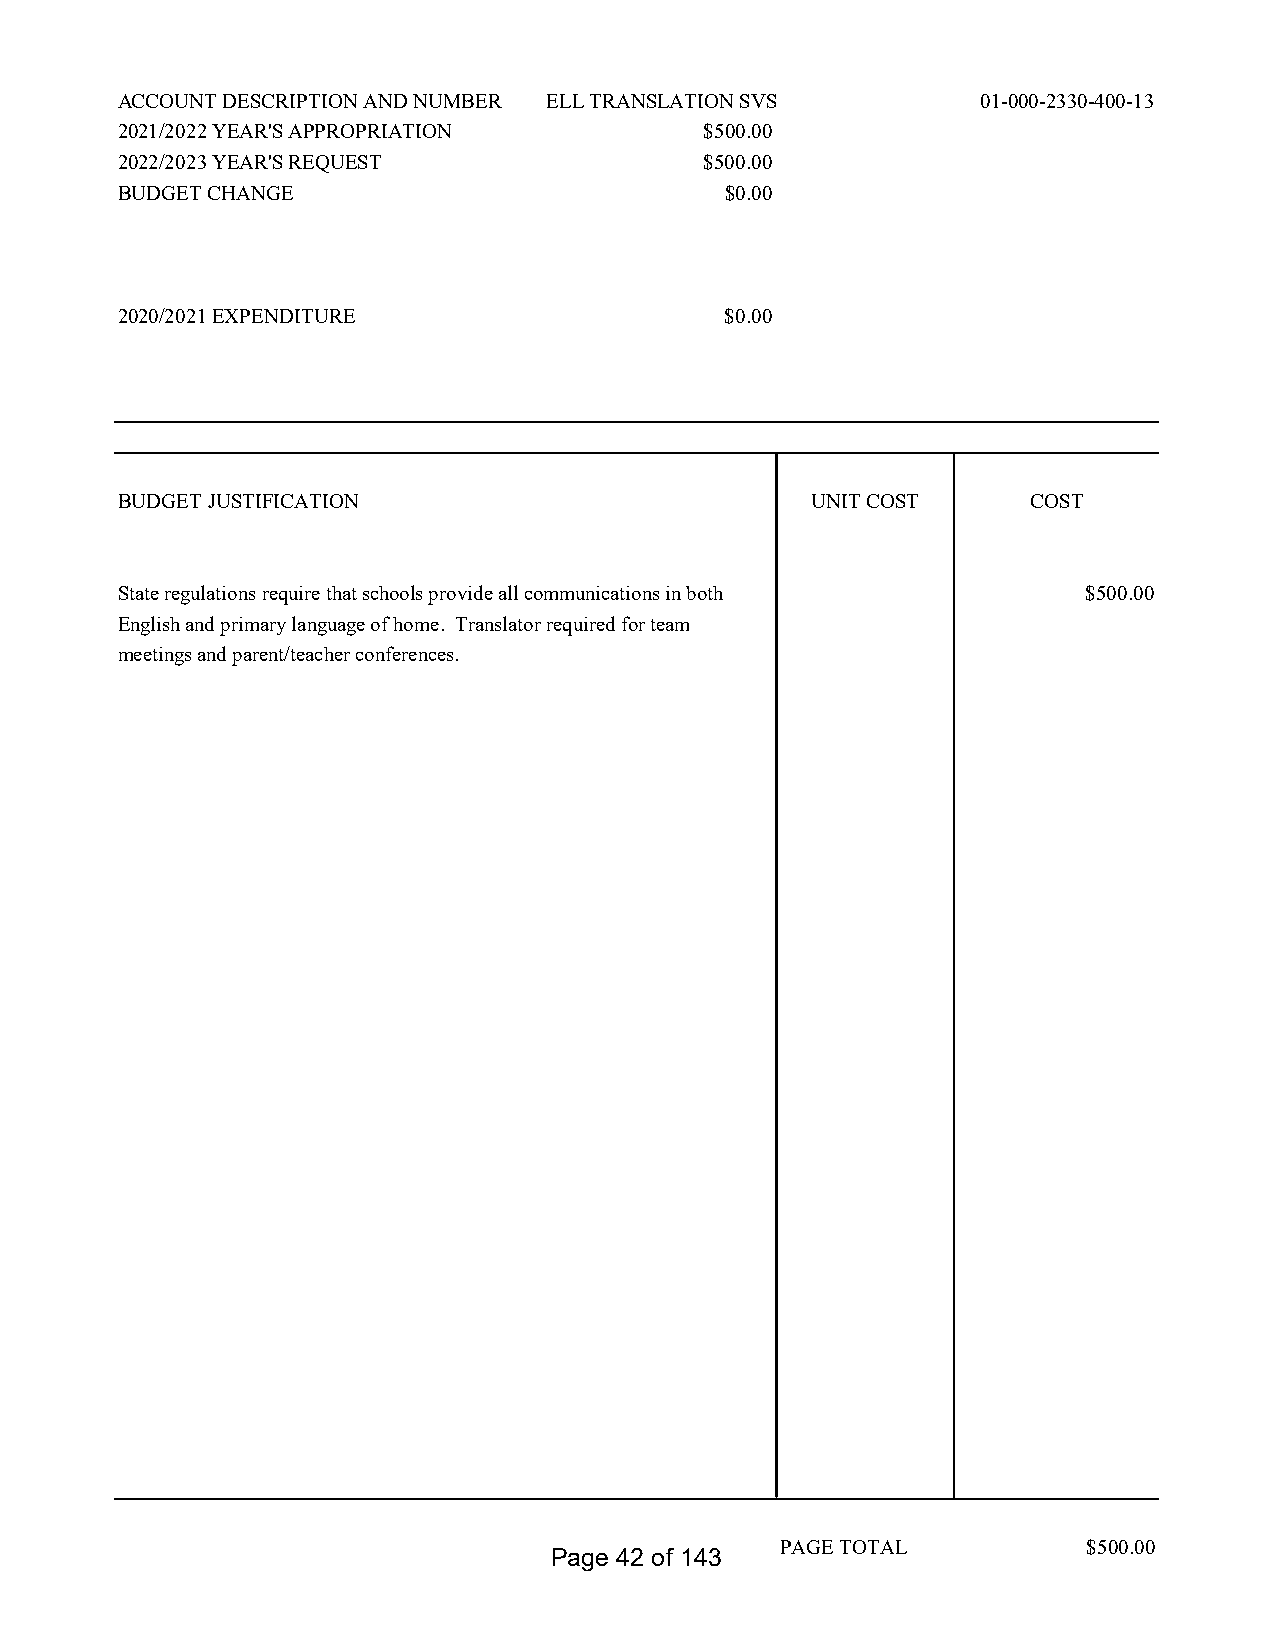
ACCOUNT DESCRIPTION AND NUMBER ELL TRANSLATION SVS       01-000-2330-400-13
 2021/2022 YEAR'S APPROPRIATION         $500.00
 2022/2023 YEAR'S REQUEST               $500.00
 BUDGET CHANGE                           $0.00
 2020/2021 EXPENDITURE                   $0.00
 BUDGET JUSTIFICATION                          UNIT COST     COST
 State regulations require that schools provide all communications in both $500.00
 English and primary language of home. Translator required for team
 meetings and parent/teacher conferences.
 PAGE TOTAL          $500.00
 Page 42 of 143